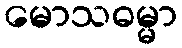
မောသဓမ္မာ